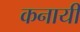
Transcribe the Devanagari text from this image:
कनायी